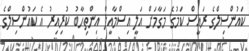
ކައުންސިލްގެ ރައީސް ކަމުގެ މަގާމަށް އަލީ އިސްމާއީލް އިންތިހާބު ކުރިއިރު އެ ކައުންސިލްގެ